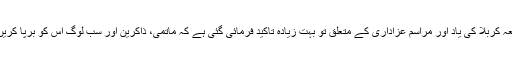
مولانا عمران حیدر: واقعہ کربلا کی یاد اور مراسم عزاداری کے متعلق تو بہت زیادہ تاکید فرمائی گئی ہے کہ ماتمی، ذاکرین اور سب لوگ اس کو برپا کریں، اس میں اضافہ کریں۔